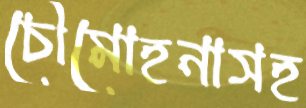
চৌমোহনাসহ